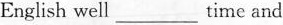
English well___time and